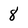
Character: 8